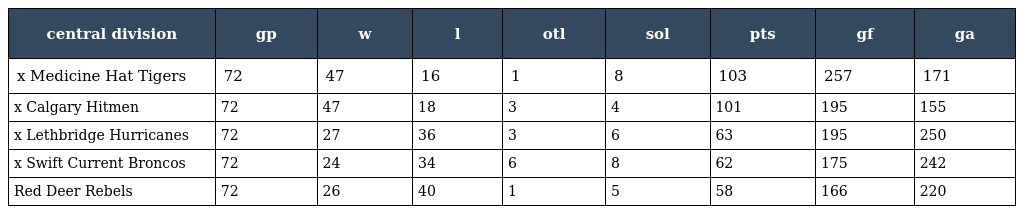
| central division | gp | w | l | otl | sol | pts | gf | ga |
 | --- | --- | --- | --- | --- | --- | --- | --- | --- |
 | x Medicine Hat Tigers | 72 | 47 | 16 | 1 | 8 | 103 | 257 | 171 |
 | x Calgary Hitmen | 72 | 47 | 18 | 3 | 4 | 101 | 195 | 155 |
 | x Lethbridge Hurricanes | 72 | 27 | 36 | 3 | 6 | 63 | 195 | 250 |
 | x Swift Current Broncos | 72 | 24 | 34 | 6 | 8 | 62 | 175 | 242 |
 | Red Deer Rebels | 72 | 26 | 40 | 1 | 5 | 58 | 166 | 220 |